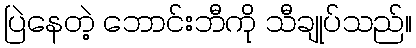
ပြဲနေတဲ့ ဘောင်းဘီကို သီချုပ်သည်။